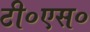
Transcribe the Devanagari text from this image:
टी०एस०